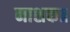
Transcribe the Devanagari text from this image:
नाशक॥